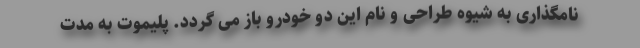
نامگذاری به شیوه طراحی و نام این دو خودرو باز می گردد. پلیموت به مدت